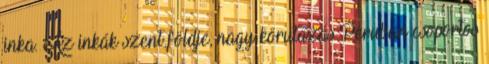
inka. Az inkák szent földje, nagy körutazás Peruban csoportos